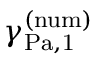
\gamma _ { \mathrm { { P a , 1 } } } ^ { \mathrm { { ( n u m ) } } }